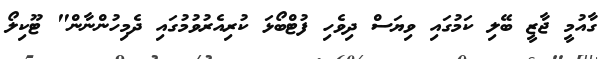
ގާއުމީ ޖާޒީ ބޭލި ކަމުގައި ވިޔަސް ދިވެހި ފުޓްބޯޅަ ކުރިއެރުވުމުގައި ދެމިހުންނާން" ޓޫކިލޯ